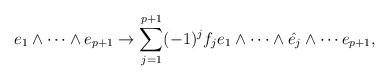
LaTeX: \begin{align*} e_{1}\wedge \cdots \wedge e_{p+1} \to \sum^{p+1}_{j=1}(-1)^{j}f_{j}e_{1}\wedge \cdots \wedge \hat{e_{j}} \wedge \cdots e_{p+1},\end{align*}